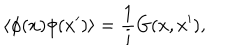
\langle \phi ( x ) \phi ( x ^ { \prime } ) \rangle = { \frac { 1 } { i } } G ( x , x ^ { \prime } ) ,